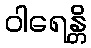
ဝါရေန္တိ